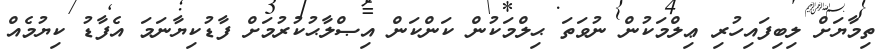
ތިމާޔަށް ލިބިފައިހުރި ޢިލްމަކުން ނުވަތަ ޙިލްމަކުން ކަންކަން އިޞްލާޙުކުރުމަށް ފާޑުކިޔާނަމަ އެފާޑު ކިޔުމެއް